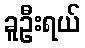
ခူဦးရယ်